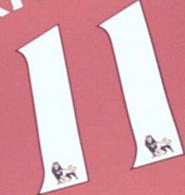
11